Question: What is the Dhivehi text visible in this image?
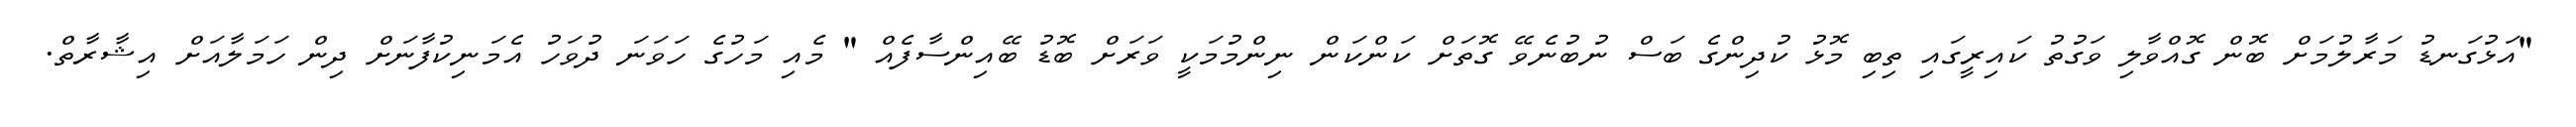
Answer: "އަޅުގަނޑު މަރާލުމަށް ބޮން ގޮއްވާލި ވަގުތު ކައިރީގައި ތިބި މޮޅު ކުދިންގެ ބަސް ނުބުނެވޭ ގޮތަށް ކަންކަން ނިންމުމަކީ ވަރަށް ބޮޑު ބޭއިންސާފެއް " މެއި މަހުގެ ހަވަނަ ދުވަހު އެމަނިކުފާނަށް ދިން ހަމަލާއަށް އިޝާރާތް.